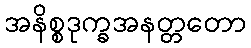
အနိစ္စဒုက္ခအနတ္တတော